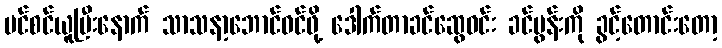
ပင်စင်ယူပြီးနောက် သာသနာ့ဘောင်ဝင်ဖို့ ဒေါက်တာခင်ဆွေဝင်း ခင်ပွန်းကို ခွင့်တောင်းတော့